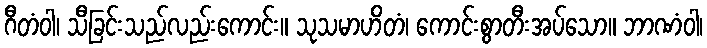
ဂီတံဝါ၊ သီခြင်းသည်လည်းကောင်း။ သုသမာဟိတံ၊ ကောင်းစွာတီးအပ်သော။ ဘာဏံဝါ၊